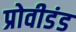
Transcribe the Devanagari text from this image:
प्रोवीडंड